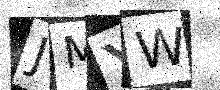
Text: JMYW